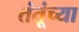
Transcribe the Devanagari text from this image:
तंतूंच्या